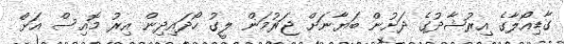
ގާޑިއޯލާގެ އިރުޝާދުގެ ދަށުން ބަޔާނަށް ޖަރުމަން ލީގު ހޯދައިދިން އިރު މޮއިސް އަށް